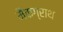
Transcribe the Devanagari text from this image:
मैकग्राथ